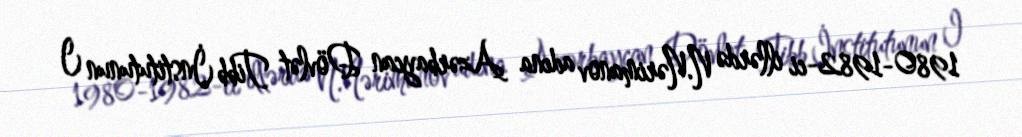
1980-1982-ci illərdə N.Nərimanov adına Azərbaycan Dövlət Tibb İnstitutunun I